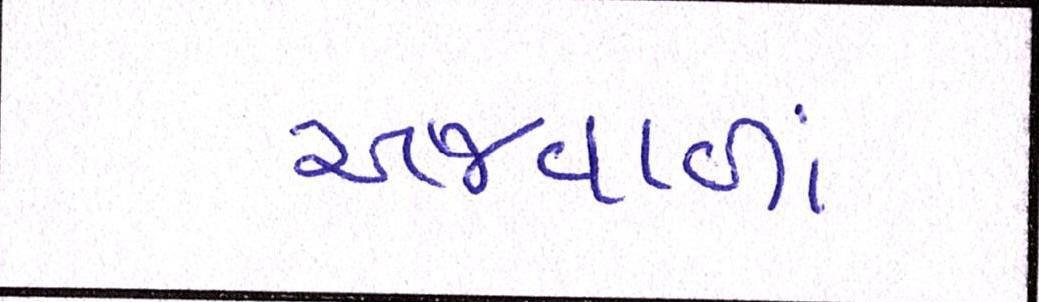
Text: અજવાળાં